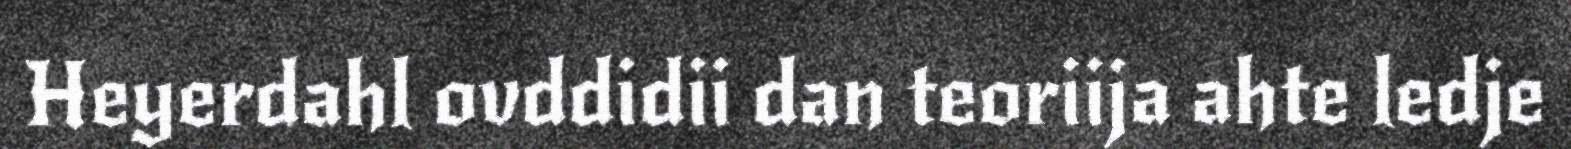
Heyerdahl ovddidii dan teoriija ahte ledje